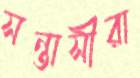
সন্তাসীরা